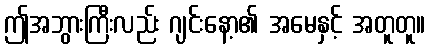
ဤအဘွားကြီးလည်း ဂျင်းနော့၏ အမေနှင့် အတူတူ။